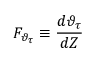
F _ { \vartheta _ { \tau } } \equiv \frac { d \vartheta _ { \tau } } { d Z }